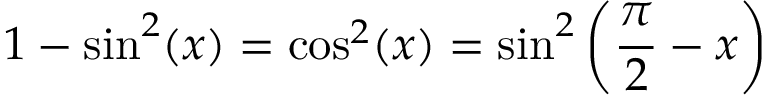
\ 1 - \sin ^ { 2 } ( x ) = \cos ^ { 2 } ( x ) = \sin ^ { 2 } \left( { \frac { \pi } { 2 } } - x \right)